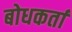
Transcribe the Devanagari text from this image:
बोधकर्ता